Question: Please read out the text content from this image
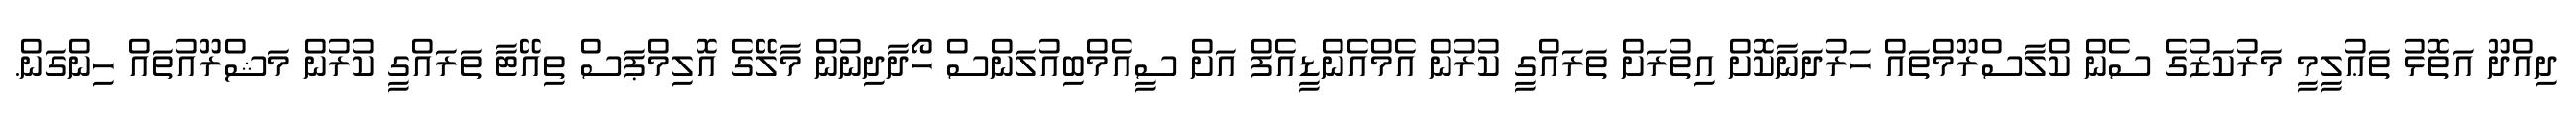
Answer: ދިއްދޫ އަތޮޅު ތަޢުލީމީ މަރުކަޒުގެ ސެން ކްލާސްރޫމްތައް ހަރުދަނާކޮށް އިތުރަށް ތަރައްގީ ކުރުން އެމްއެންޑީއެފް އަށް ސީއެމްބިއުލަންސް ހޯދާދިނުން މާލޭގެ އޮލިމްޕަސް ތިއޭޓާ ތަރައްގީ ކުރުން މަޝްރޫއުތައް ހިންގަން.